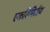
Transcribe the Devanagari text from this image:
एकविमितीय